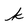
Character: k